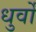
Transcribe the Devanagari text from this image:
धुर्वों